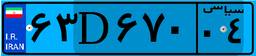
۰۰D۲۱۷۱۸